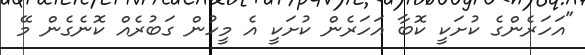
"އަހަރެންގެ ކުށަކީ ކޮބާ އަހަރެން ކުށަކީ އެ މީހުން ގަބުރެއް ކޮނެގެން މޭ